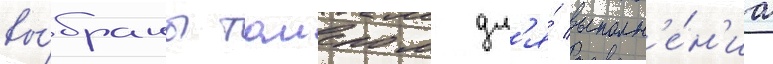
вы́браны таиером дл'я́ выполн'е́н'иа